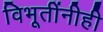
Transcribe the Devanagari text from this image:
विभूतींनीही